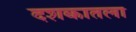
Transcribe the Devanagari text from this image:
दशकातला